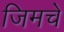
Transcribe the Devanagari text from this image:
जिमचे